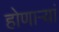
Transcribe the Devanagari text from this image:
होणाऱ्यां